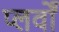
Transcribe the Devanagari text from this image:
प्लर्वों